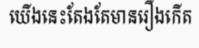
យើងនេះតែងតែមានរឿងកើត